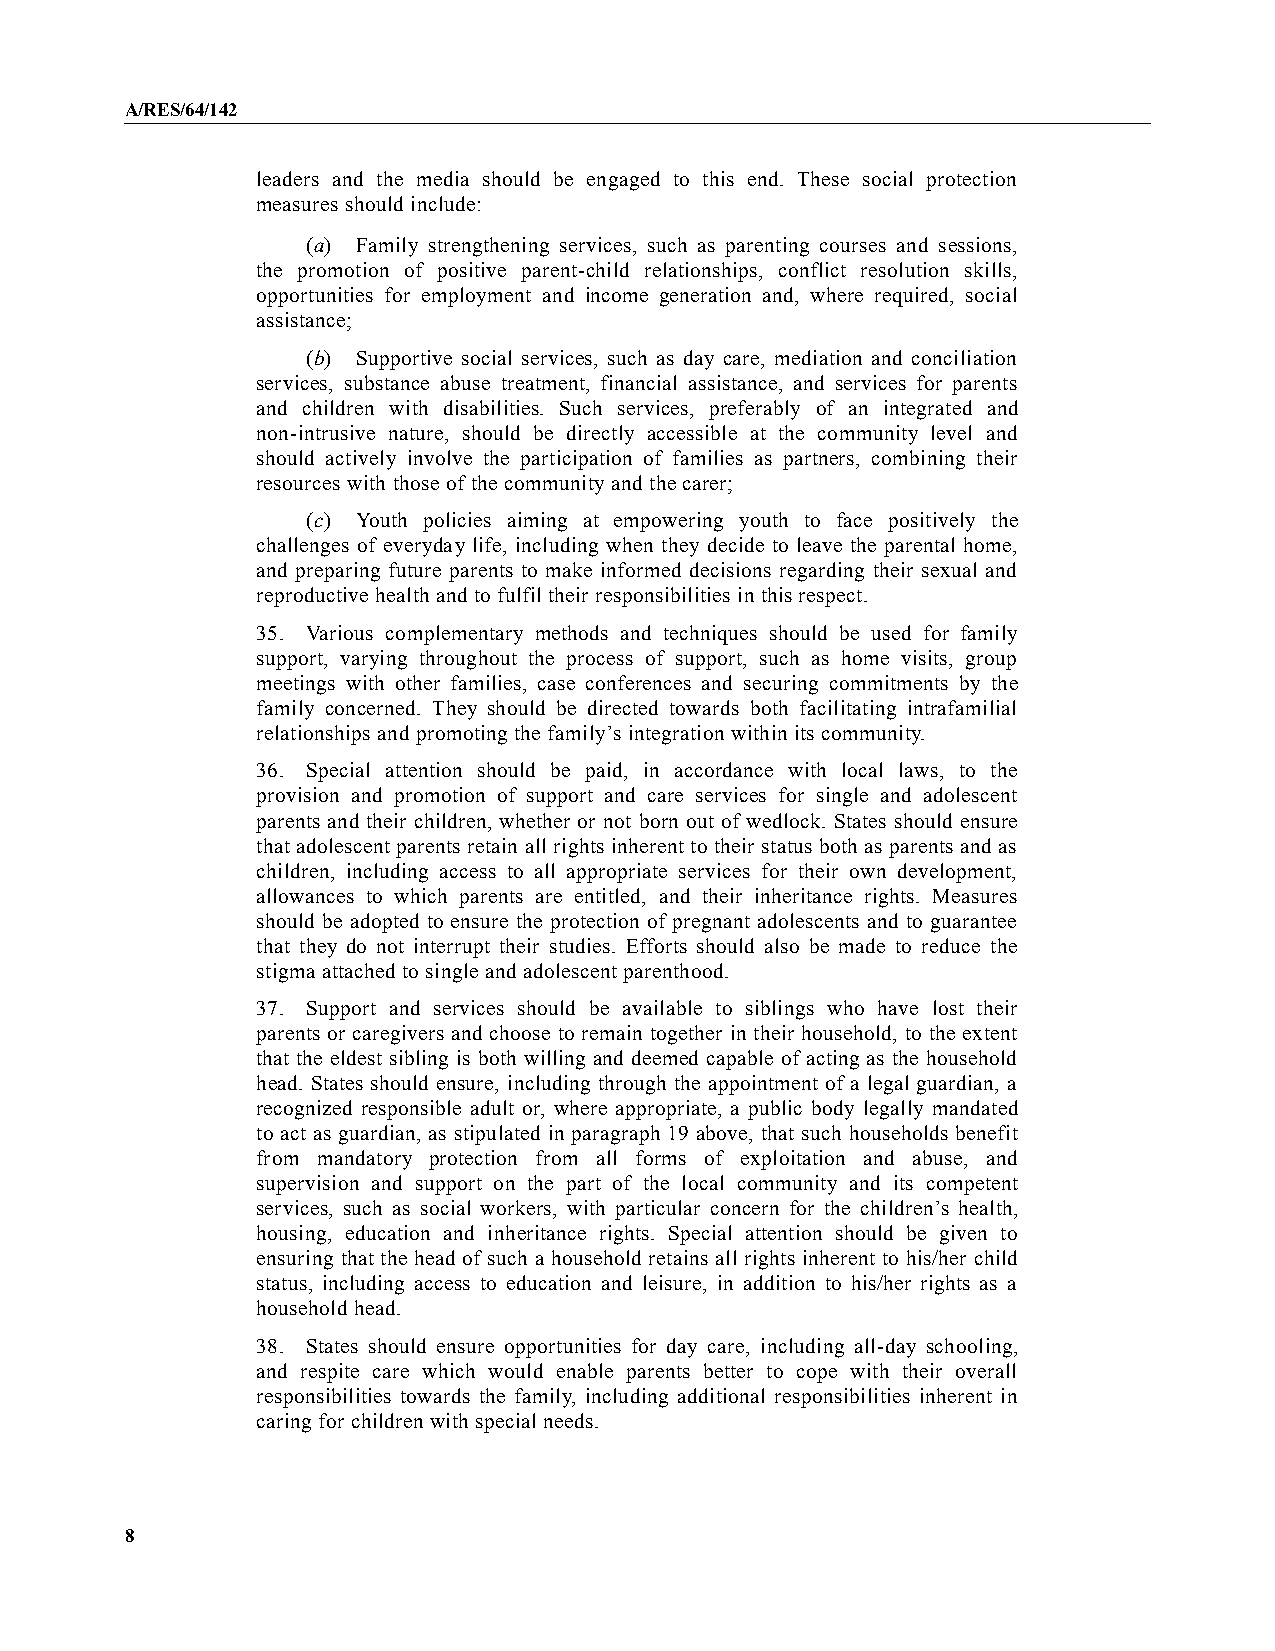
A/RES/64/142
 leaders and the media should be engaged to this end. These social protection
 measures should include:
 (a) Family strengthening services, such as parenting courses and sessions,
 the promotion of positive parent-child relationships, conflict resolution skills,
 opportunities for employment and income generation and, where required, social
 assistance;
 (b) Supportive social services, such as day care, mediation and conciliation
 services, substance abuse treatment, financial assistance, and services for parents
 and children with disabilities. Such services, preferably of an integrated and
 non-intrusive nature, should be directly accessible at the community level and
 should actively involve the participation of families as partners, combining their
 resources with those of the community and the carer;
 (c) Youth policies aiming at empowering youth to face positively the
 challenges of everyday life, including when they decide to leave the parental home,
 and preparing future parents to make informed decisions regarding their sexual and
 reproductive health and to fulfil their responsibilities in this respect.
 35. Various complementary methods and techniques should be used for family
 support, varying throughout the process of support, such as home visits, group
 meetings with other families, case conferences and securing commitments by the
 family concerned. They should be directed towards both facilitating intrafamilial
 relationships and promoting the family’s integration within its community.
 36. Special attention should be paid, in accordance with local laws, to the
 provision and promotion of support and care services for single and adolescent
 parents and their children, whether or not born out of wedlock. States should ensure
 that adolescent parents retain all rights inherent to their status both as parents and as
 children, including access to all appropriate services for their own development,
 allowances to which parents are entitled, and their inheritance rights. Measures
 should be adopted to ensure the protection of pregnant adolescents and to guarantee
 that they do not interrupt their studies. Efforts should also be made to reduce the
 stigma attached to single and adolescent parenthood.
 37. Support and services should be available to siblings who have lost their
 parents or caregivers and choose to remain together in their household, to the extent
 that the eldest sibling is both willing and deemed capable of acting as the household
 head. States should ensure, including through the appointment of a legal guardian, a
 recognized responsible adult or, where appropriate, a public body legally mandated
 to act as guardian, as stipulated in paragraph 19 above, that such households benefit
 from mandatory protection from all forms of exploitation and abuse, and
 supervision and support on the part of the local community and its competent
 services, such as social workers, with particular concern for the children’s health,
 housing, education and inheritance rights. Special attention should be given to
 ensuring that the head of such a household retains all rights inherent to his/her child
 status, including access to education and leisure, in addition to his/her rights as a
 household head.
 38. States should ensure opportunities for day care, including all-day schooling,
 and respite care which would enable parents better to cope with their overall
 responsibilities towards the family, including additional responsibilities inherent in
 caring for children with special needs.
 8